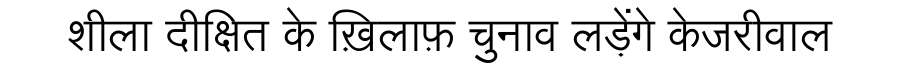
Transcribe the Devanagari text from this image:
शीला दीक्षित के ख़िलाफ़ चुनाव लड़ेंगे केजरीवाल